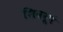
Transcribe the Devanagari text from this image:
शिवरूपं